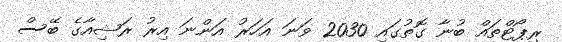
ރިޕޯޓްތައް ބުނާ ގޮތުގައި 2030 ވަނަ އަހަރު އަންނަ އިރު ރަޝިއާގެ ބޭސް